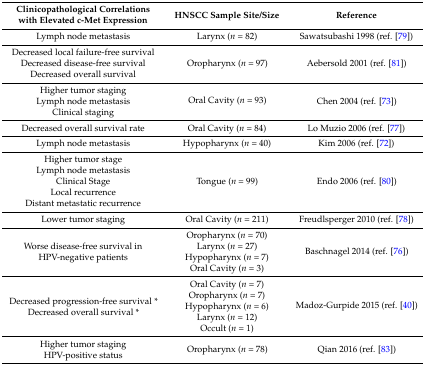
<table><thead><tr><td><b>Clinicopathological Correlations with Elevated c-Met Expression</b></td><td><b>HNSCC Sample Site/Size</b></td><td><b>Reference</b></td></tr></thead><tbody><tr><td>Lymph node metastasis</td><td>Larynx (<i>n</i> = 82)</td><td>Sawatsubashi 1998 (ref. [79])</td></tr><tr><td>Decreased local failure-free survival</td><td rowspan="3">Oropharynx (<i>n</i> = 97)</td><td rowspan="3">Aebersold 2001 (ref. [81])</td></tr><tr><td>Decreased disease-free survival</td></tr><tr><td>Decreased overall survival</td></tr><tr><td>Higher tumor staging</td><td rowspan="3">Oral Cavity (<i>n</i> = 93)</td><td rowspan="3">Chen 2004 (ref. [73])</td></tr><tr><td>Lymph node metastasis</td></tr><tr><td>Clinical staging</td></tr><tr><td>Decreased overall survival rate </td><td>Oral Cavity (<i>n</i> = 84)</td><td>Lo Muzio 2006 (ref. [77])</td></tr><tr><td>Lymph node metastasis </td><td>Hypopharynx (<i>n</i> = 40)</td><td>Kim 2006 (ref. [72])</td></tr><tr><td>Higher tumor stage</td><td rowspan="5">Tongue (<i>n</i> = 99)</td><td rowspan="5">Endo 2006 (ref. [80])</td></tr><tr><td>Lymph node metastasis</td></tr><tr><td>Clinical Stage</td></tr><tr><td>Local recurrence</td></tr><tr><td>Distant metastatic recurrence</td></tr><tr><td>Lower tumor staging</td><td>Oral Cavity (<i>n</i> = 211)</td><td>Freudlsperger 2010 (ref. [78])</td></tr><tr><td rowspan="4">Worse disease-free survival in HPV-negative patients</td><td>Oropharynx (<i>n</i> = 70)</td><td rowspan="4">Baschnagel 2014 (ref. [76])</td></tr><tr><td>Larynx (<i>n</i> = 27)</td></tr><tr><td>Hypopharynx (<i>n</i> = 7)</td></tr><tr><td>Oral Cavity (<i>n</i> = 3)</td></tr><tr><td rowspan="5">Decreased progression-free survival * Decreased overall survival *</td><td>Oral Cavity (<i>n</i> = 7) </td><td rowspan="5">Madoz-Gurpide 2015 (ref. [40])</td></tr><tr><td>Oropharynx (<i>n</i> = 7)</td></tr><tr><td>Hypopharynx (<i>n</i> = 6)</td></tr><tr><td>Larynx (<i>n</i> = 12)</td></tr><tr><td>Occult (<i>n</i> = 1)</td></tr><tr><td>Higher tumor staging</td><td rowspan="2">Oropharynx (<i>n</i> = 78)</td><td rowspan="2">Qian 2016 (ref. [83])</td></tr><tr><td>HPV-positive status</td></tr></tbody></table>